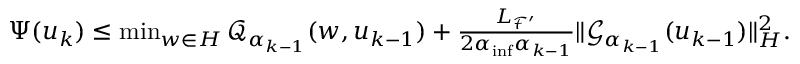
\begin{array} { r } { { \Psi } ( u _ { k } ) \leq \operatorname* { m i n } _ { w \in { H } } \mathcal { Q } _ { { \alpha } _ { k - 1 } } ( w , u _ { k - 1 } ) + \frac { { L _ { { \mathcal { F } } ^ { \prime } } } } { 2 { \alpha } _ { \operatorname* { i n f } } { \alpha } _ { k - 1 } } \| { \mathcal { G } } _ { { \alpha } _ { k - 1 } } ( u _ { k - 1 } ) \| _ { H } ^ { 2 } . } \end{array}